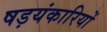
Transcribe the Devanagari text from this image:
षड़यंकारियों